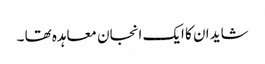
شاید ان کا ایک انجان معاہدہ تھا ۔